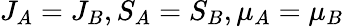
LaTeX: J_{A}=J_{B},S_{A}=S_{B},{\mu}_{A}={\mu}_{B}